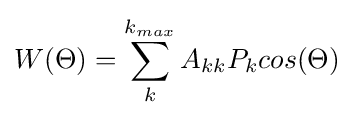
W(\Theta )=\sum _{k}^{k_{max}}A_{kk}P_{k}cos(\Theta )